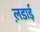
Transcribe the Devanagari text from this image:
ल़डाई